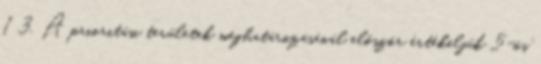
1 3. A prioritási területek meghatározásánál először értékeljük 5-ös